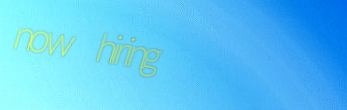
now hiring